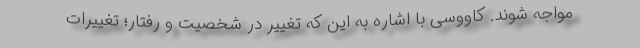
مواجه شوند. کاووسی با اشاره به این که تغییر در شخصیت و رفتار؛ تغییرات